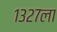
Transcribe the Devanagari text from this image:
१३२७ला